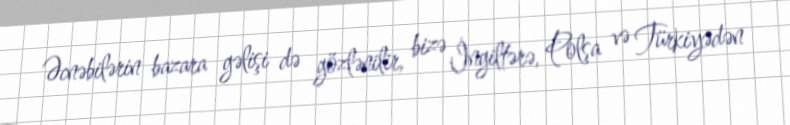
Əcnəbilərin bazara gəlişi də gözlənilir, bizə İngiltərə, Polşa və Türkiyədən